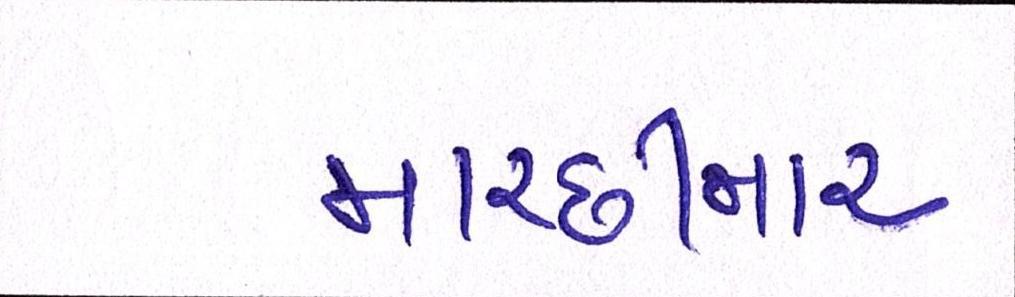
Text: માચ્છીમાર